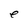
Character: e